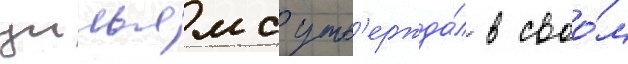
уильямс утв'ержда́л в своо́м